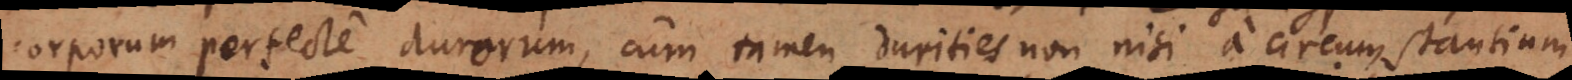
corporum perfecte durorum, cum tamen durities non nisi a circumstantium